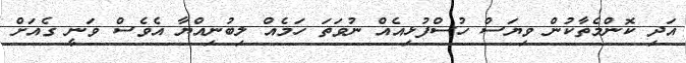
އަދި ކޮންމެތާކުން ވިޔަސް ހުސްފުޅިއެއް ނުވަތަ ހަމެއް ލިބުނިއްޔާ އެވެސް ވަނީ ގެއަށް